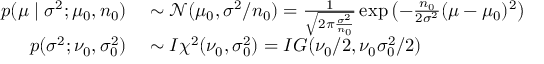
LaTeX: \begin{array} { r l } { p ( \mu \mid \sigma ^ { 2 } ; \mu _ { 0 } , n _ { 0 } ) } & { { } \sim { \mathcal { N } } ( \mu _ { 0 } , \sigma ^ { 2 } / n _ { 0 } ) = { \frac { 1 } { \sqrt { 2 \pi { \frac { \sigma ^ { 2 } } { n _ { 0 } } } } } } \exp \left( - { \frac { n _ { 0 } } { 2 \sigma ^ { 2 } } } ( \mu - \mu _ { 0 } ) ^ { 2 } \right) } \\ { p ( \sigma ^ { 2 } ; \nu _ { 0 } , \sigma _ { 0 } ^ { 2 } ) } & { { } \sim I \chi ^ { 2 } ( \nu _ { 0 } , \sigma _ { 0 } ^ { 2 } ) = I G ( \nu _ { 0 } / 2 , \nu _ { 0 } \sigma _ { 0 } ^ { 2 } / 2 ) } \end{array}